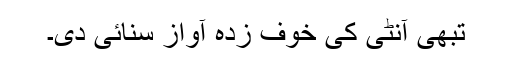
تبھی آنٹی کی خوف زدہ آواز سنائی دی۔